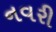
નવરી